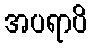
အပရာပိ